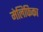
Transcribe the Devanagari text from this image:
मेलिफिका